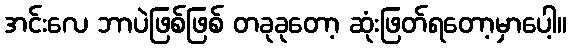
အင်းလေ ဘာပဲဖြစ်ဖြစ် တခုခုတော့ ဆုံးဖြတ်ရတော့မှာပေါ့။